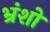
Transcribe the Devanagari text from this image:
भ्रंशो